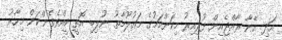
އަދި އޭނާ ރާއްޖެއިން ފުރިއިރު މިކަންކަމުގެ މައުލޫމާތު ނުލިބި އޮތީ ކީއްވެގެންކަން މިހާރު